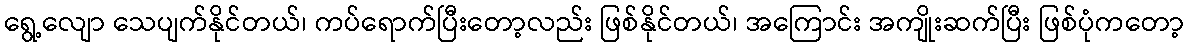
ရွေ့လျော သေပျက်နိုင်တယ်၊ ကပ်ရောက်ပြီးတော့လည်း ဖြစ်နိုင်တယ်၊ အကြောင်း အကျိုးဆက်ပြီး ဖြစ်ပုံကတော့